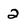
Character: 2